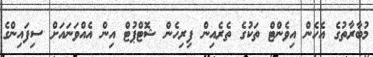
މުބާރާތުގެ އެހެން އިވެންޓް ތަކުގެ ތެރެއިން ފިރިހެން ޝޮޓްޕުޓް އިން އެއްވަނައަށް ސިފައިންގެ